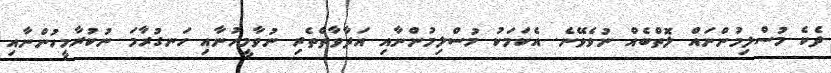
ދެކެ މުސްލިމުންނައް ލޮތްބެއް ނުވެވޭނެ. އެކަމަކު މުސްލިމުންނާއި އަދާވާތްތެރި ނުވާމީހުނާއި ހަނގުރާމަ ނުކުރާމީހުންނާއި